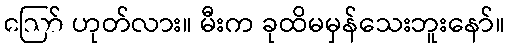
ဪ ဟုတ်လား။ မီးက ခုထိမမှန်သေးဘူးနော်။